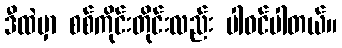
ဒီထဲမှာ စစ်ကိုင်းတိုင်းလည်း ပါဝင်ပါတယ်။